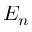
E _ { n }